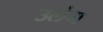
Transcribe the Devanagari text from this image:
उलंग